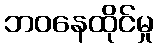
ဘဝနေထိုင်မှု